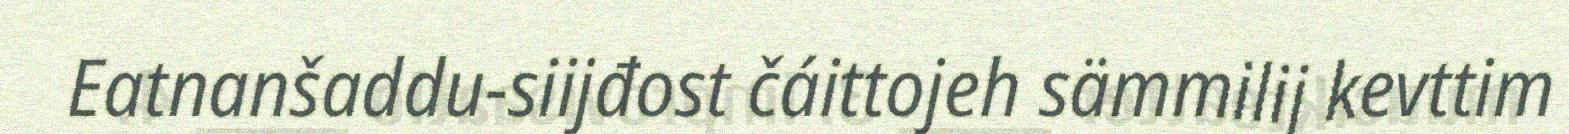
Eatnanšaddu-siijđost čáittojeh sämmilij kevttim